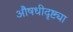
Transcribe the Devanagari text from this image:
औषधीदृष्ट्या